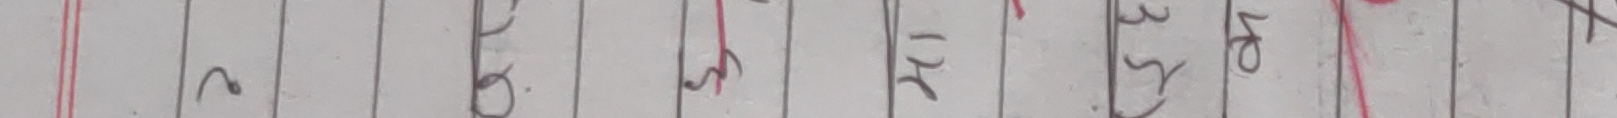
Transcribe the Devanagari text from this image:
२ ७ ८ १ १८ २४ ३२ ४०